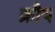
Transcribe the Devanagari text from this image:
क्रौय